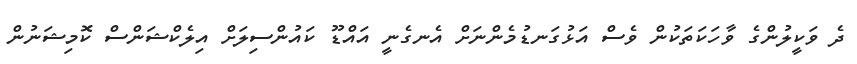
ދެ ވަކީލުންގެ ވާހަކަތަކުން ވެސް އަޅުގަނޑުމެންނަށް އެނގެނީ އައްޑޫ ކައުންސިލަށް އިލެކްޝަންސް ކޮމިޝަނުން